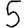
Digit: 5